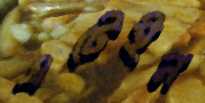
এটেইন